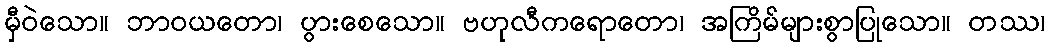
မှီဝဲသော။ ဘာဝယတော၊ ပွားစေသော။ ဗဟုလီကရောတော၊ အကြိမ်များစွာပြုသော။ တဿ၊